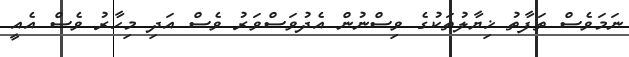
ނަމަވެސް ތަފާތު ޚިޔާލުތަކުގެ ވިސްނުން އެދުވަސްވަރު ވެސް އަދި މިހާރު ވެސް އެއީ